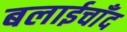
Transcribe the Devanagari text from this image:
बलाईचाँद